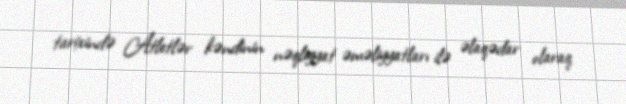
tarixində Atletlər kəndinin nəqliyyat əməliyyatları ilə əlaqədar olaraq